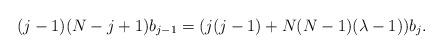
LaTeX: \begin{align*}(j-1)(N-j+1)b_{j-1}=(j(j-1)+N(N-1)(\lambda-1)) b_j.\end{align*}